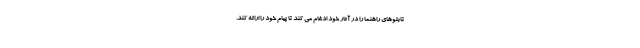
تابلوهای راهنما را در آثار خود ادغام می کند تا پیام خود را ارائه کند.